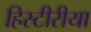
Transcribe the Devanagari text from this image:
हिस्टीरीया